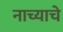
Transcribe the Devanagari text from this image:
नाच्याचे